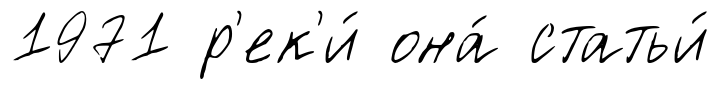
1971 р'ек'и́ она́ статьи́